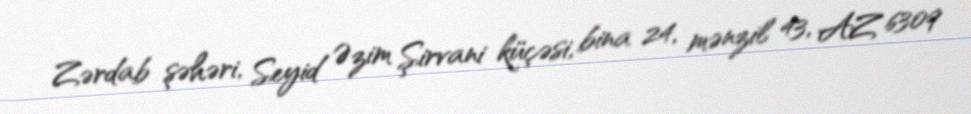
Zərdab şəhəri, Seyid Əzim Şirvani küçəsi, bina 24, mənzil 43, AZ 6309